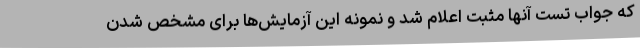
که جواب تست آنها مثبت اعلام شد و نمونه این آزمایش‌ها برای مشخص شدن